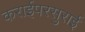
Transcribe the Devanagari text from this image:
कराईपरसुराई